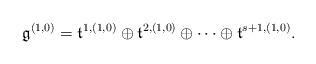
LaTeX: \begin{align*}\mathfrak{g}^{(1,0)}=\mathfrak{t}^{1,(1,0)}\oplus\mathfrak{t}^{2,(1,0)}\oplus\cdots\oplus\mathfrak{t}^{s+1,(1,0)}.\end{align*}